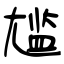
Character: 尴